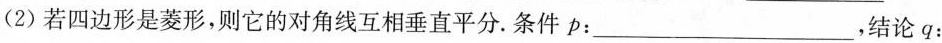
(2)若四边形是菱形，则它的对角线互相垂直平分.条件p：___，结论q：